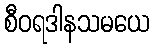
စီဝရဒါနသမယေ